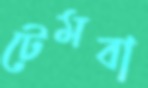
টেমবা